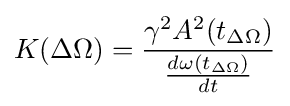
K(\Delta \Omega )={\frac {\gamma ^{2}A^{2}(t_{\Delta \Omega })}{\frac {d\omega (t_{\Delta \Omega })}{dt}}}